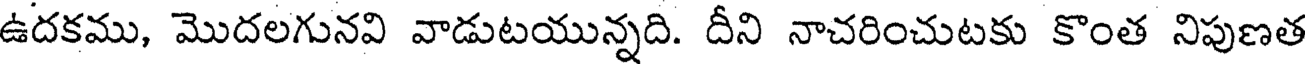
ఉదకము, మొదలగునవి వాడుటయున్నది. దీని నాచరించుటకు కొంత నిపుణత